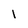
Character: I